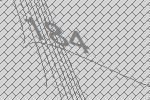
184